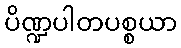
ပိဏ္ဍပါတပစ္စယာ